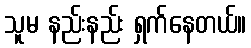
သူမ နည်းနည်း ရှက်နေတယ်။